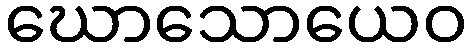
ဃောသောယေဝ